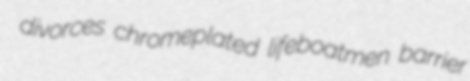
divorces chromeplated lifeboatmen barrier